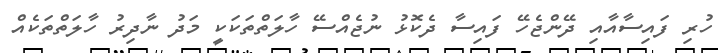
ހުރި ފައިސާއާއި ދޭންޖެހޭ ފައިސާ ދެކޮޅު ނުޖެއްސޭ ހާލަތްތަކަކީ މަދު ނާދިރު ހާލަތްތަކެއް